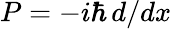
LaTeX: P=-i\hbar\, d/dx